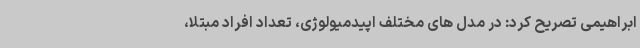
ابراهیمی تصریح کرد: در مدل های مختلف اپیدمیولوژی، تعداد افراد مبتلا،